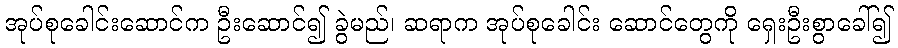
အုပ်စုခေါင်းဆောင်က ဦးဆောင်၍ ခွဲမည်၊ ဆရာက အုပ်စုခေါင်း ဆောင်တွေကို ရှေးဦးစွာခေါ်၍